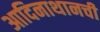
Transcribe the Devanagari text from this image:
आदिनाथानची